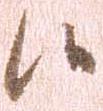
候